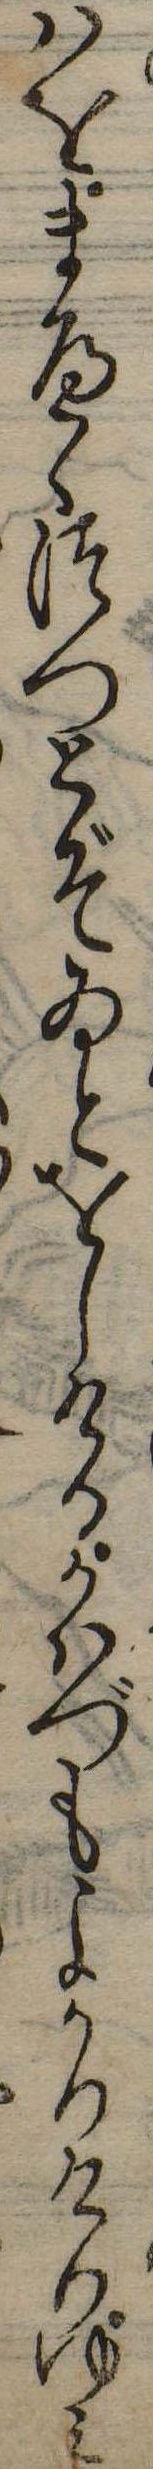
はをまへゝつつとぞゐとをしけるかはづもよかりけりゆみ